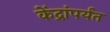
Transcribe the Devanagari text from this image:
केंद्रांपर्यंत